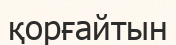
қорғайтын